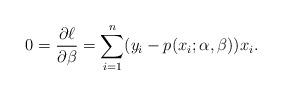
LaTeX: \begin{align*}0 = \frac{\partial \ell}{\partial\beta} = \sum_{i=1}^n (y_i - p(x_i;\alpha,\beta))x_i.\end{align*}